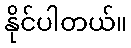
နိုင်ပါတယ်။